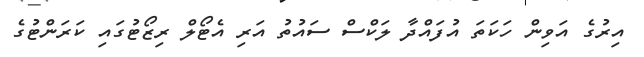
އިރުގެ އަވިން ހަކަތަ އުފައްދާ ލަކްސް ސައުތު އަރި އެޓޯލް ރިޒޯޓުގައި ކަރަންޓުގެ